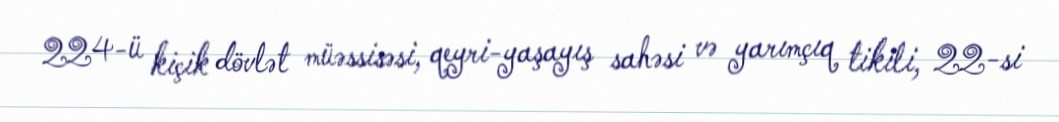
224-ü kiçik dövlət müəssisəsi, qeyri-yaşayış sahəsi və yarımçıq tikili, 22-si